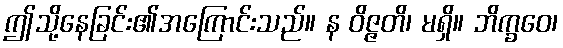
ဤသို့နေခြင်း၏အကြောင်းသည်။ န ဝိဇ္ဇတိ၊ မရှိ။ ဘိက္ခဝေ၊